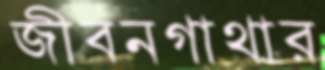
জীবনগাথার